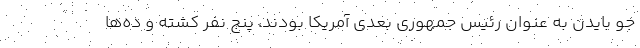
جو بایدن به عنوان رئیس جمهوری بعدی آمریکا بودند، پنج نفر کشته و ده‌ها